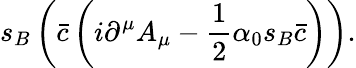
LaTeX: s_{B}\left({\bar{c}}\left(i\partial^{\mu}A_{\mu}-{\frac{1}{2}}\alpha_{0}s_{B}{\bar{c}}\right)\right).